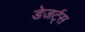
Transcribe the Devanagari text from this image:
डेजर्ट्स